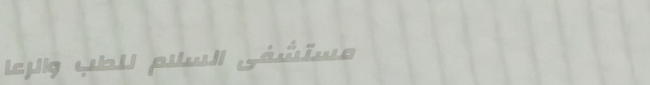
مستشفى السلام للطب والرعا